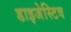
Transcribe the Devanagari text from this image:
डाइजेस्टिव